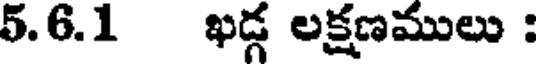
5.6.1 ఖడ్గ లక్షణములు :